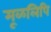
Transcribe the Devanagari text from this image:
मूळलिपि